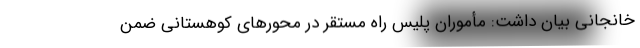
خانجانی بیان داشت: مأموران پلیس راه مستقر در محورهای کوهستانی ضمن